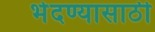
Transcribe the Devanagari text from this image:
भेदण्यासाठी